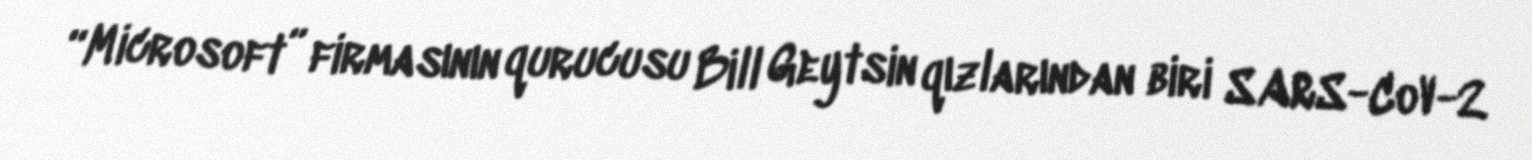
“Microsoft” firmasının qurucusu Bill Geytsin qızlarından biri SARS-CoV-2